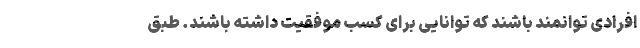
افرادی توانمند باشند که توانایی برای کسب موفقیت داشته باشند. طبق